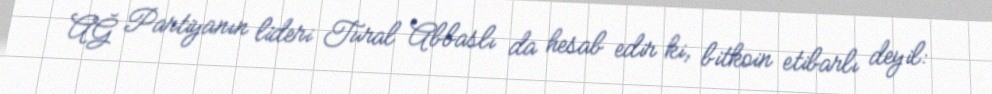
AĞ Partiyanın lideri Tural Abbaslı da hesab edir ki, bitkoin etibarlı deyil: